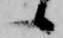
候